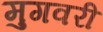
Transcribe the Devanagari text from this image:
मुगवरी